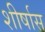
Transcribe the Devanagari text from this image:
शीर्षास